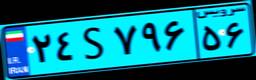
۲۴S۷۹۶۵۶